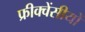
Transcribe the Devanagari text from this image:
फ्रीक्वेंसीयों